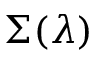
\Sigma ( \lambda )